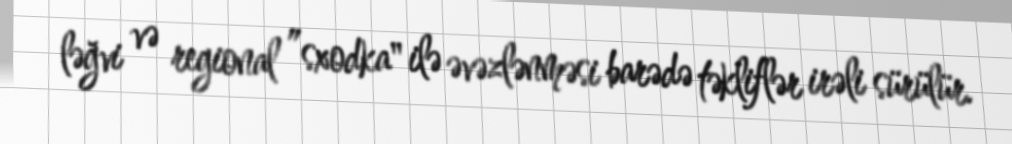
ləğvi və regional ”sxodka" ilə əvəzlənməsi barədə təkliflər irəli sürülür.